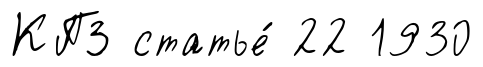
КПЗ статье́ 22 1930